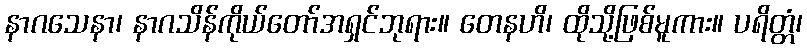
နာဂသေနာ၊ နာဂသိန်ကိုယ်တော်အရှင်ဘုရား။ တေနဟိ၊ ထိုသို့ဖြစ်မူကား။ ပရိတ္တံ၊